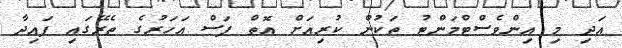
އަދި މި އިންވެސްޓްމަންޓު ތަކުން ކުރިއަށް އޮތް ފަސް އަހަރުގެ ތެރޭގައި ފައިދާ